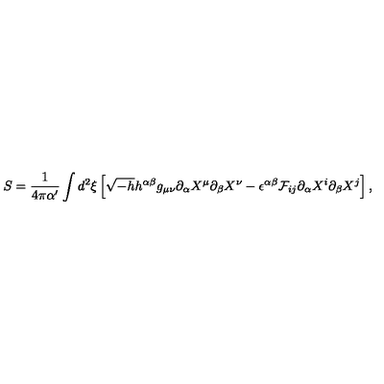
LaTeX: S = { \frac { 1 } { 4 \pi \alpha ^ { \prime } } } \int d ^ { 2 } \xi \left[ \sqrt { - h } h ^ { \alpha \beta } g _ { \mu \nu } \partial _ { \alpha } X ^ { \mu } \partial _ { \beta } X ^ { \nu } - \epsilon ^ { \alpha \beta } { \cal F } _ { i j } \partial _ { \alpha } X ^ { i } \partial _ { \beta } X ^ { j } \right] ,